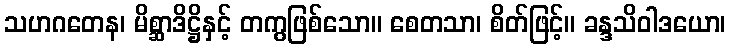
သဟဂတေန၊ မိစ္ဆာဒိဋ္ဌိနှင့် တကွဖြစ်သော။ စေတသာ၊ စိတ်ဖြင့်။ ခန္ဒသိဝါဒယော၊